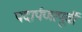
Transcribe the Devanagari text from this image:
पदार्पणापूर्वी